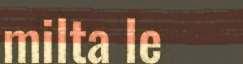
milta le